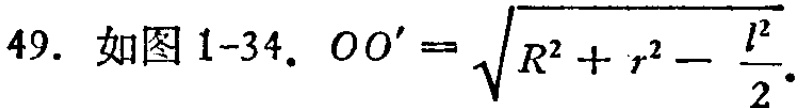
49. 如图1-34. \(OO' = \sqrt{R^{2}+r^{2}-\frac{l^{2}}{2}}\).